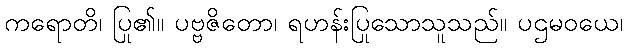
ကရောတိ၊ ပြု၏။ ပဗ္ဗဇိတော၊ ရဟန်းပြုသောသူသည်။ ပဌမဝယေ၊